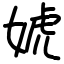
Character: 婋